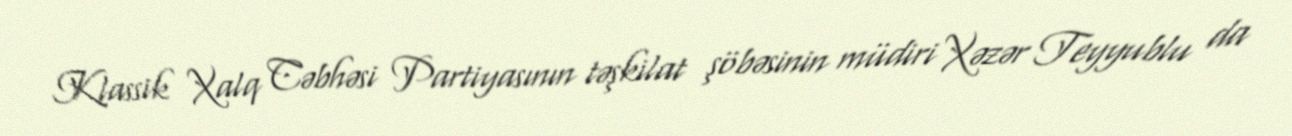
Klassik Xalq Cəbhəsi Partiyasının təşkilat şöbəsinin müdiri Xəzər Teyyublu da